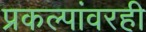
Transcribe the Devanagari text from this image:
प्रकल्पांवरही